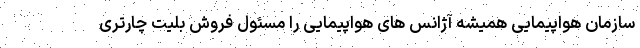
سازمان هواپیمایی همیشه آژانس های هواپیمایی را مسئول فروش بلیت چارتری